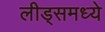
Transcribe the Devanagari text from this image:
लीड्समध्ये